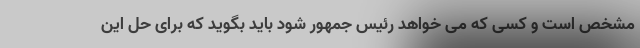
مشخص است و کسی که می خواهد رئیس جمهور شود باید بگوید که برای حل این